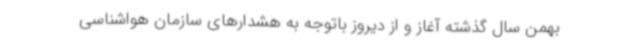
بهمن سال گذشته آغاز و از دیروز باتوجه به هشدارهای سازمان هواشناسی